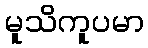
မူသိကူပမာ